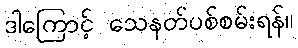
ဒါကြောင့် သေနတ်ပစ်စမ်းရန်။